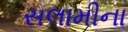
સલામીના